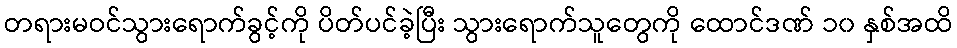
တရားမဝင်သွားရောက်ခွင့်ကို ပိတ်ပင်ခဲ့ပြီး သွားရောက်သူတွေကို ထောင်ဒဏ် ၁၀ နှစ်အထိ